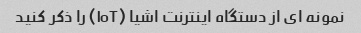
نمونه ای از دستگاه اینترنت اشیا (IoT) را ذکر کنید